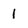
Character: 1